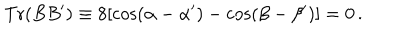
LaTeX: \mathrm { T r } ( B B ^ { \prime } ) \equiv 8 [ \cos ( \alpha - \alpha ^ { \prime } ) - \cos ( \beta - \beta ^ { \prime } ) ] = 0 \, .